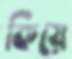
কিয়ে